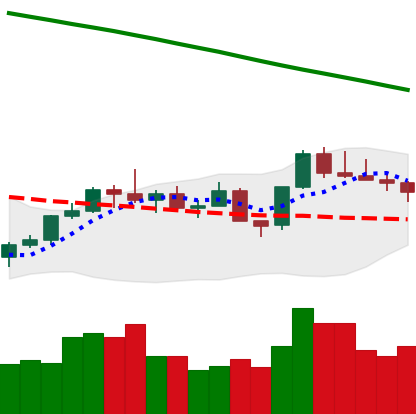
Ticker: LTC-USD
Chart end date: 2022-08-02
Forward return: 4.908%
Label: up_3_5